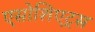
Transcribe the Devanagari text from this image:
एसोशिएट्स